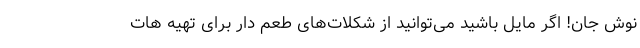
نوش جان! اگر مایل باشید می‌توانید از شکلات‌های طعم دار برای تهیه هات